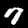
Label: 7